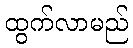
ထွက်လာမည်